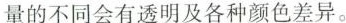
量的不同会有透明及各种颜色差异。